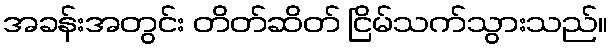
အခန်းအတွင်း တိတ်ဆိတ် ငြိမ်သက်သွားသည်။